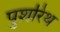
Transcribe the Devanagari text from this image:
पुशरिथ